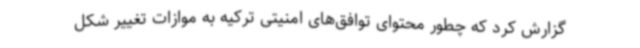
گزارش کرد که چطور محتوای توافق‌های امنیتی ترکیه به موازات تغییر شکل